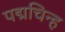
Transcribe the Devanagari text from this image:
पद्मचिन्ह